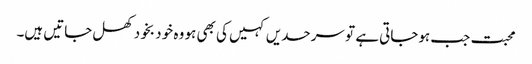
محبت جب ہوجاتی ہے تو سرحدیں کہیں کی بھی ہو وہ خو د بخود کھل جاتیں ہیں۔